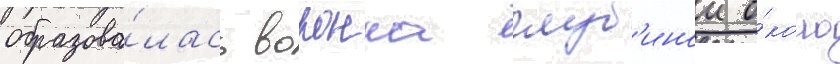
образова́лась воронка глуб'инои о́коло